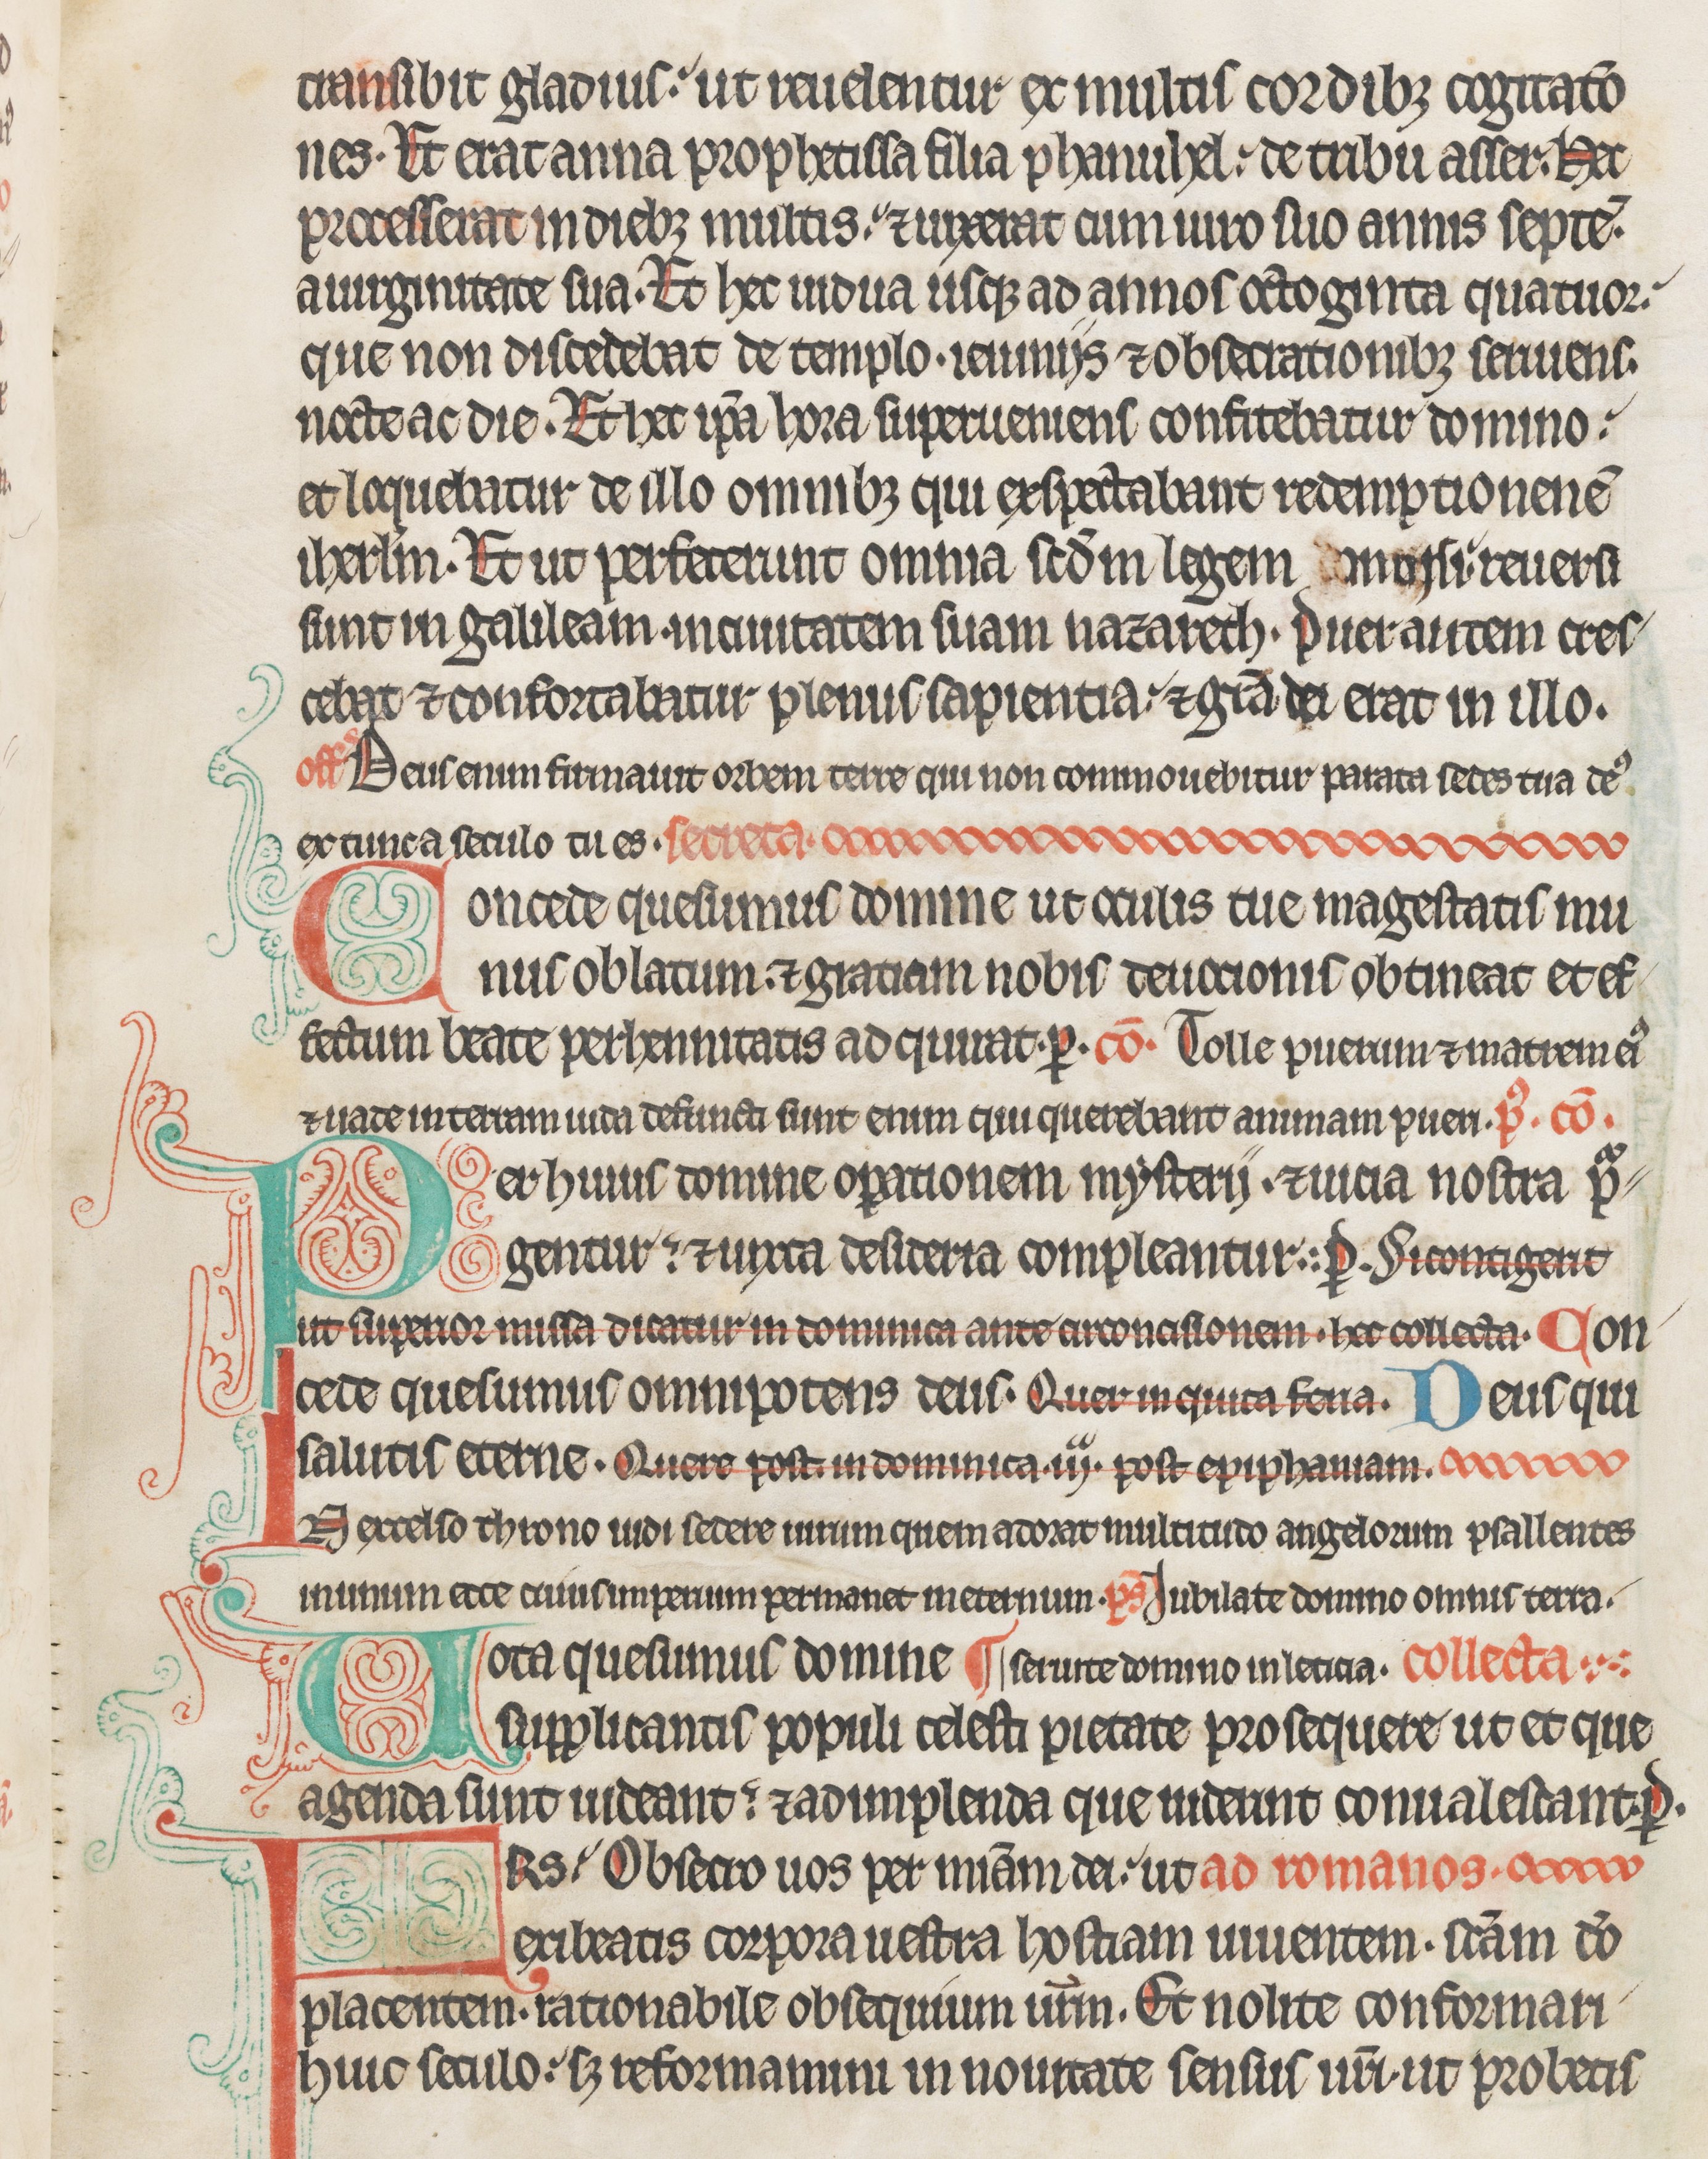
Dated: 1285–1315